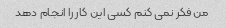
من فکر نمی کنم کسی این کار را انجام دهد